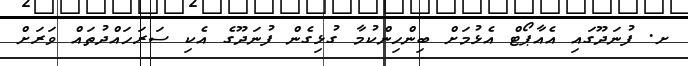
ށ. ފުނަދޫގައި އެއާޕޯޓް އެޅުމަށް ބިންހިންކުމާ ގުޅިގެން ފުނަދޫގެ އެކި ސަރަހައްދުތައް ވަރަށް